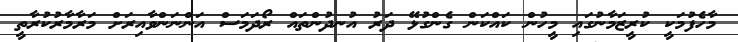
މާހެފުމަކީ ކުރީޒަމާނުގައި މީހުން ކައްކަން ގެންގުޅޭ ދަރު އުނދުންތައް ރޯދަމަސް އަންނަންވާއިރަށް މަރާމާރުކުރާތީ